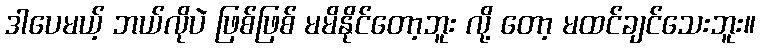
ဒါပေမယ့် ဘယ်လိုပဲ ဖြစ်ဖြစ် မမိနိုင်တော့ဘူး လို့ တော့ မထင်ချင်သေးဘူး။